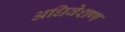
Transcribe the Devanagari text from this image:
अधिवेशण